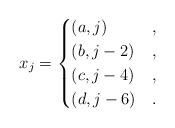
LaTeX: \begin{align*} x_j=\begin{cases} (a,j) & ,\\ (b,j-2) & ,\\ (c,j-4) & ,\\ (d,j-6) & . \end{cases}\end{align*}